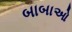
બાબાઓ